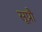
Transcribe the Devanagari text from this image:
सूप्रौ